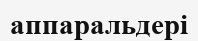
аппаральдері